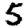
Digit: 5